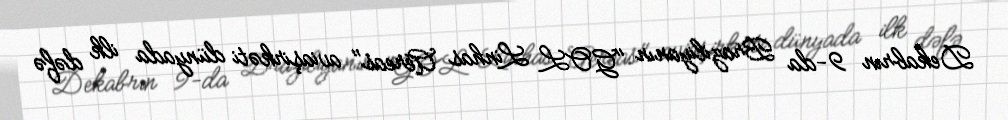
Dekabrın 9-da Braziliyanın "GOL Linhas Aéreas" aviaşirkəti dünyada ilk dəfə